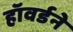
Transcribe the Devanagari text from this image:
हॉवर्डने